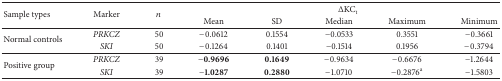
| <ROWSPAN=2> Sample types | <ROWSPAN=2> Marker | <ROWSPAN=2> n | <COLSPAN=5> ΔKCt |
 | Mean | SD | Median | Maximum | Minimum |
 | --- | --- | --- | --- | --- | --- | --- | --- |
 | <ROWSPAN=2> Normal controls | PRKCZ | 50 | −0.0612 | 0.1554 | −0.0533 | 0.3551 | −0.3661 |
 | SKI | 50 | −0.1264 | 0.1401 | −0.1514 | 0.1956 | −0.3794 |
 | <ROWSPAN=2> Positive group | PRKCZ | 39 | −0.9696 | 0.1649 | −0.9634 | −0.6676 | −1.2644 |
 | SKI | 39 | −1.0287 | 0.2880 | −1.0710 | −0.2876a | −1.5803 |